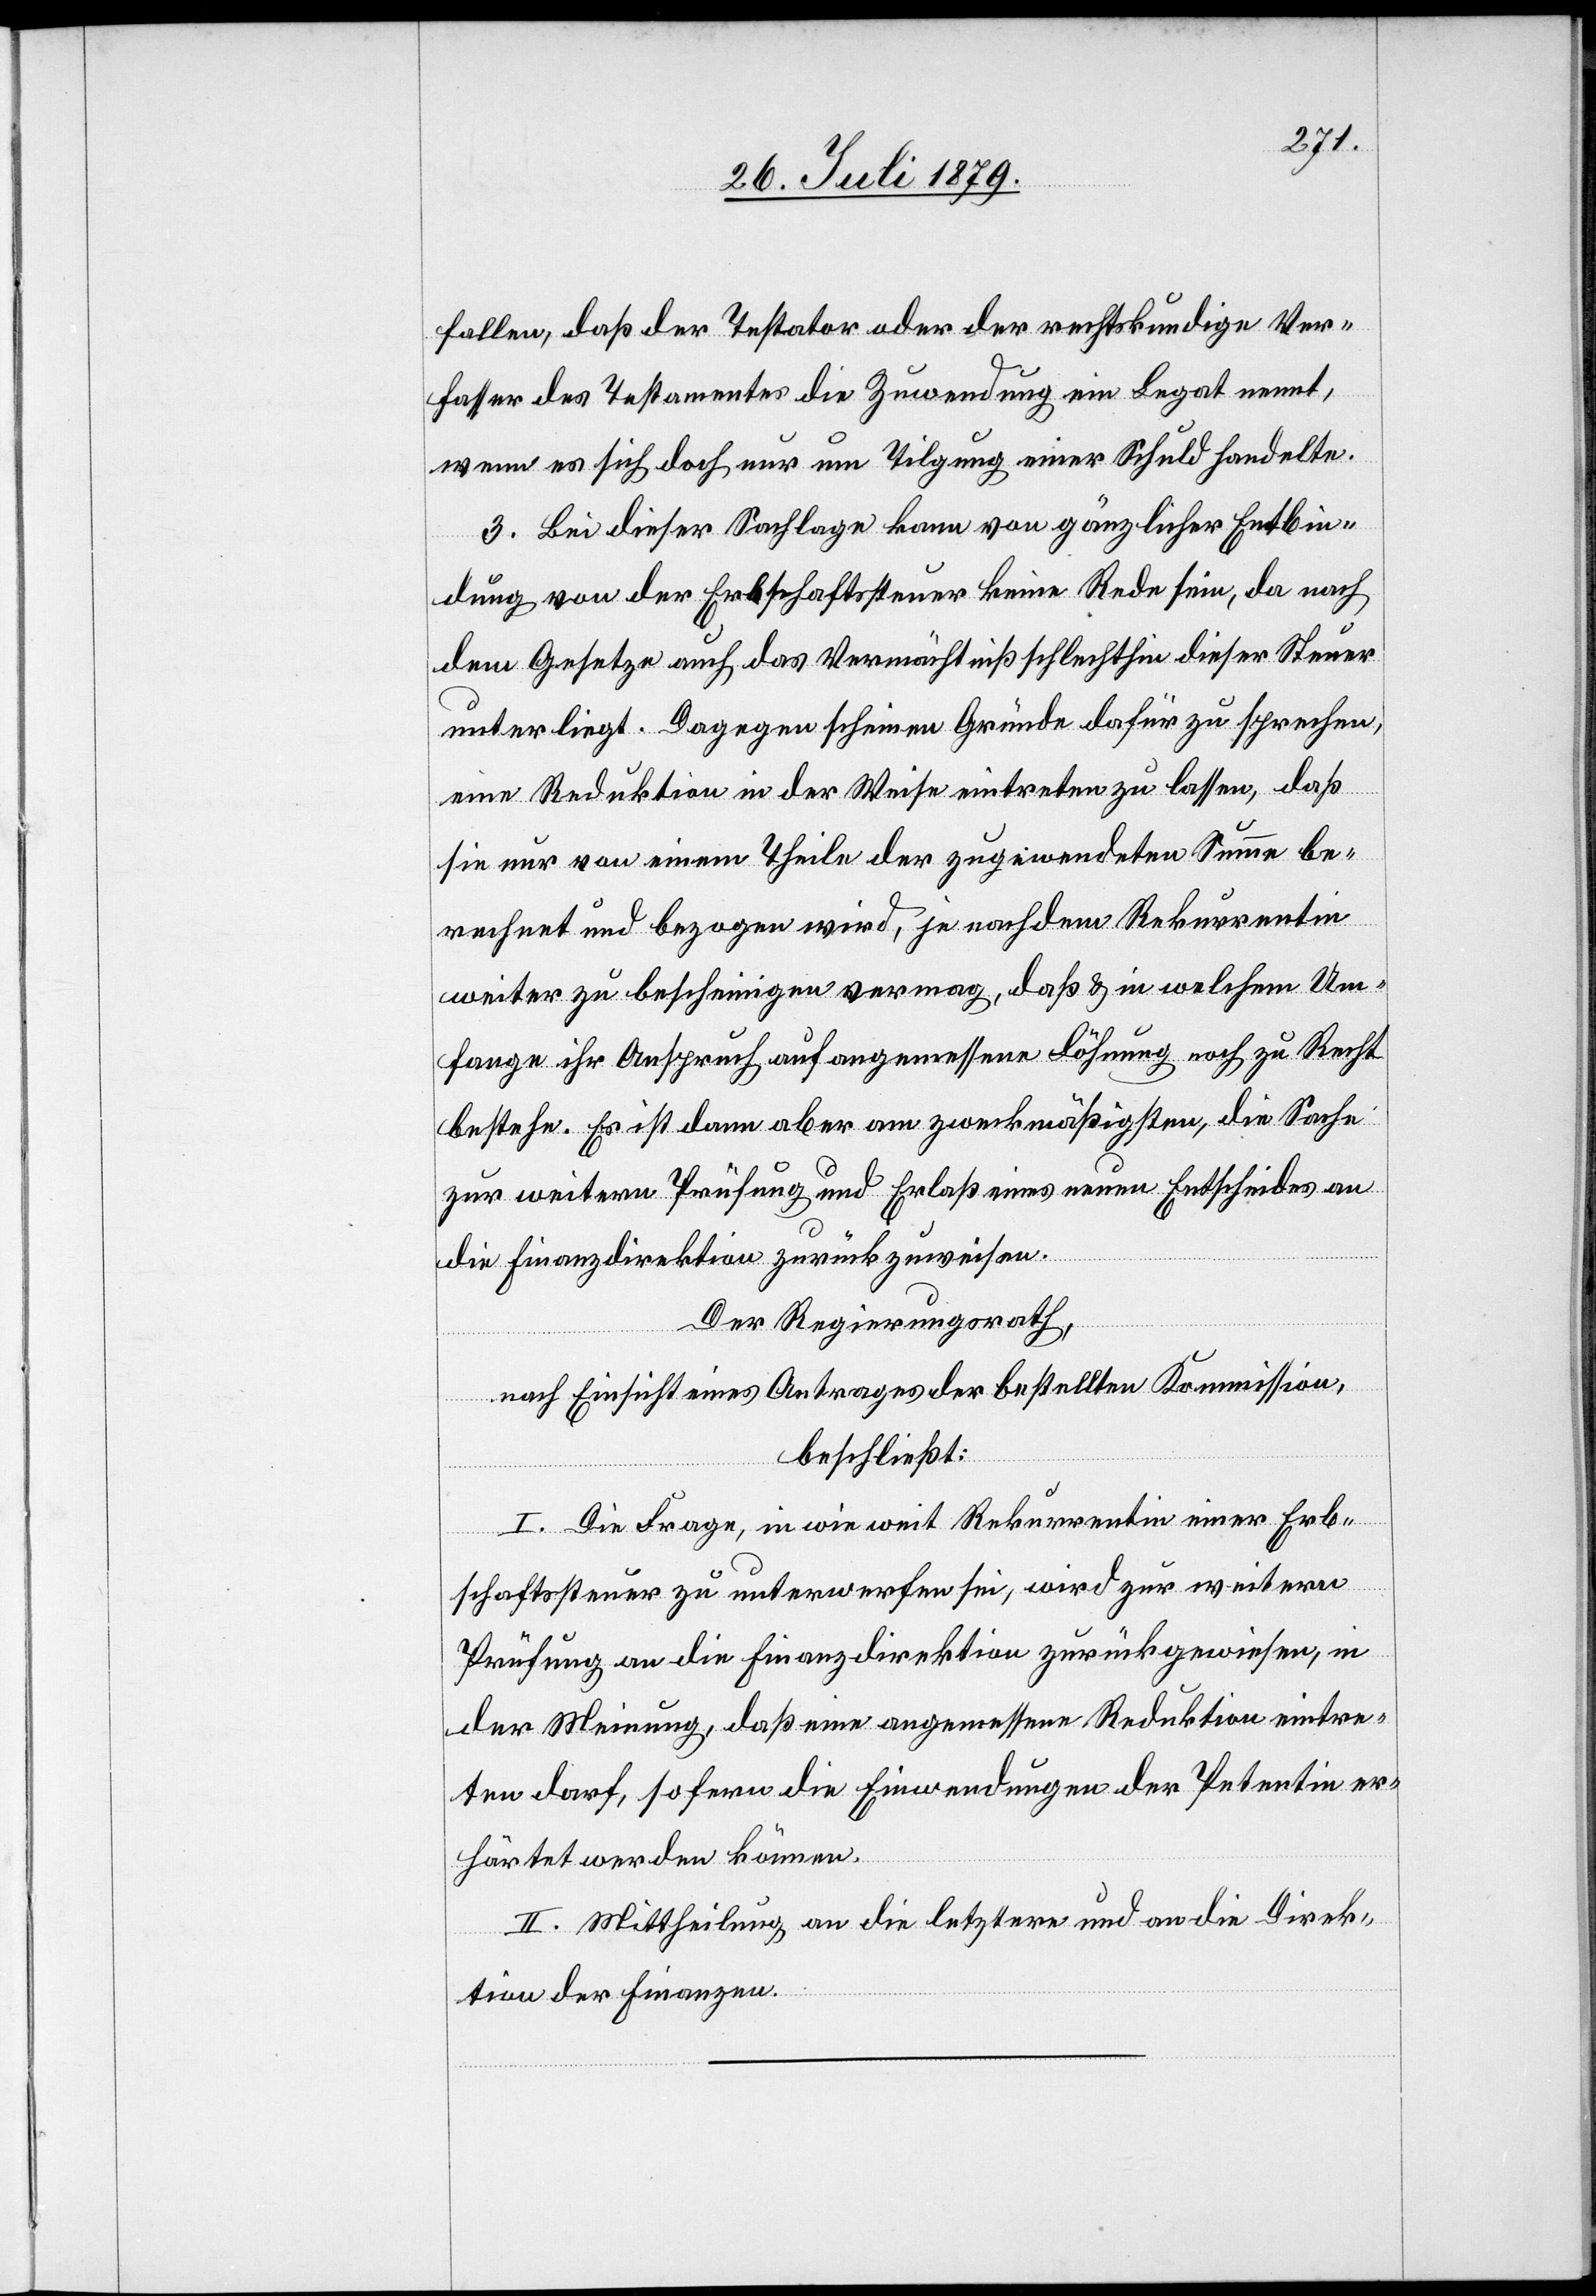
fallen, daß der Testator oder recht rechtskundige Ver¬
fasser des Testamentes die Zuwendung ein Legat nennt,
wenn es sich doch nur um Tilgung einer Schuld handelte.
3. Bei dieser Sachlage kann von gänzlicher Entbin¬
dung von der Erbschaftssteuer keine Rede sein, da nach
dem Gesetze auch das Vermächtniß schlechthin dieser Steuer
unterliegt. Dagegen scheinen Gründe dafür zu sprechen,
eine Reduktion in der Weise eintreten zu lassen, daß
sie nur von einem Theile der zugewendeten Summe be¬
rechnet und bezogen wird, je nachdem Rekurrentin
weiter zu bescheinigen vermag, daß & in welchem Um¬
fange ihr Anspruch auf angemessene Löhnung noch zu Recht
bestehe. Es ist dann aber am zweckmäßigsten, die Sache
zur weitern Prüfung und Erlaß eines neuen Entscheides an
die Finanzdirektion zurückzuweisen.
Der Regierungsrath,
nach Einsicht eines Antrages der bestellten Kommission,
beschließt:
I. Die Frage, in wie weit Rekurrentin einer Erb¬
schaftssteuer zu unterwerfen sei, wird zur weitern
Prüfung an die Finanzdirektion zurückgewiesen, in
der Meinung, daß eine angemessene Reduktion eintre¬
ten darf, sofern die Einwendungen der Petentin er¬
härtet werden können.
II. Mittheilung ab die letztere und an die Direk¬
tion der Finanzen.